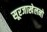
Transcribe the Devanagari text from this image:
सूरजाखेलनो